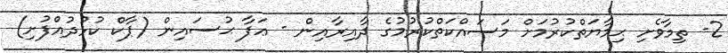
2- ތިމާވެށި ޙިމާޔަތްކުރުމަށް މަސައްކަތްކުރުމުގެ ދާއިރާއިން - ޢަފާ ޙުސައިން (ޕާކް ކުޅުދުއްފުށި)